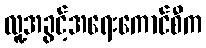
လူ့အခွင့်အရေးကောင်စီက